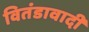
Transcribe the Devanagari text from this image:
वितंडावादी